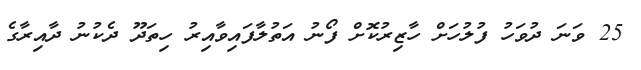
25 ވަނަ ދުވަހު ފުލުހަށް ހާޒިރުކޮށް ފޯނު އަތުލާފައިވާއިރު ހިތަދޫ ދެކުނު ދާއިރާގެ